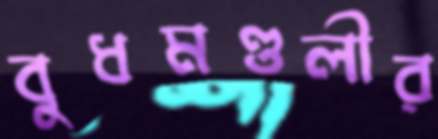
বুধমণ্ডলীর